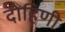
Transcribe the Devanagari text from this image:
दोहिणी